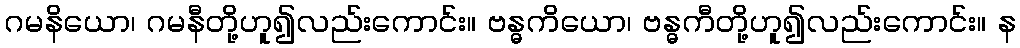
ဂမနိယော၊ ဂမနီတို့ဟူ၍လည်းကောင်း။ ဗန္ဓကိယော၊ ဗန္ဓကီတို့ဟူ၍လည်းကောင်း။ န